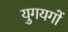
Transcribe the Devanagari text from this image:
युगयगों